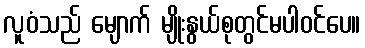
လူဝံသည် မျောက် မျိုးနွယ်စုတွင်မပါဝင်ပေ။